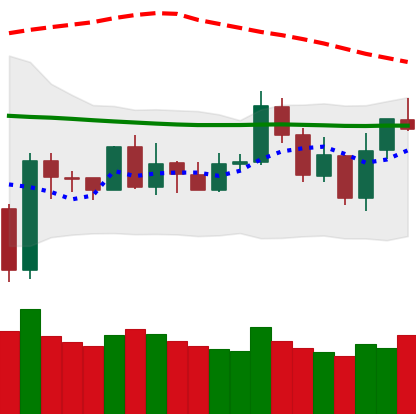
Ticker: NEO-USD
Chart end date: 2020-01-05
Forward return: 8.752%
Label: up_7plus